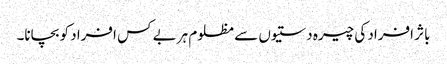
باثر افراد کی چیرہ دستیوں سے مظلوم ہر بے کس افراد کو بچانا۔